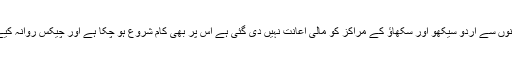
گذشتہ کئی مہینوں سے اردو سیکھو اور سکھاؤ کے مراکز کو مالی اعانت نہیں دی گئی ہے اس پر بھی کام شروع ہو چکا ہے اور چیکس روانہ کیے جا رہے ہیں۔